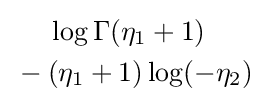
{\begin{aligned}&\log \Gamma (\eta _{1}+1)\\{}-{}&(\eta _{1}+1)\log(-\eta _{2})\end{aligned}}